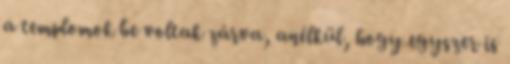
a templomok be voltak zárva, anélkül, hogy egyszer is